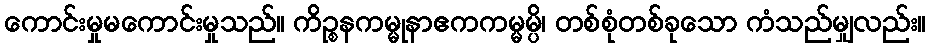
ကောင်းမှုမကောင်းမှုသည်။ ကိဉ္စနကမ္မုနာဧကကမ္မမ္ပိ၊ တစ်စုံတစ်ခုသော ကံသည်မျှလည်း။